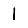
Digit: 1